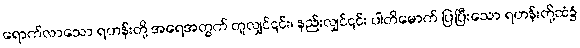
ရောက်လာသော ရဟန်းတို့ အရေအတွက် တူလျှင်၎င်း၊ နည်းလျှင်၎င်း ပါတိမောက် ပြပြီးသော ရဟန်းတို့ထံ၌